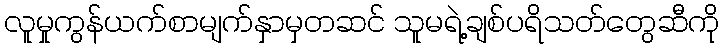
လူမှုကွန်ယက်စာမျက်နှာမှတဆင် သူမရဲ့ချစ်ပရိသတ်တွေဆီကို